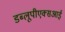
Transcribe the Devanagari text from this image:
डब्लूपीएक्सआई